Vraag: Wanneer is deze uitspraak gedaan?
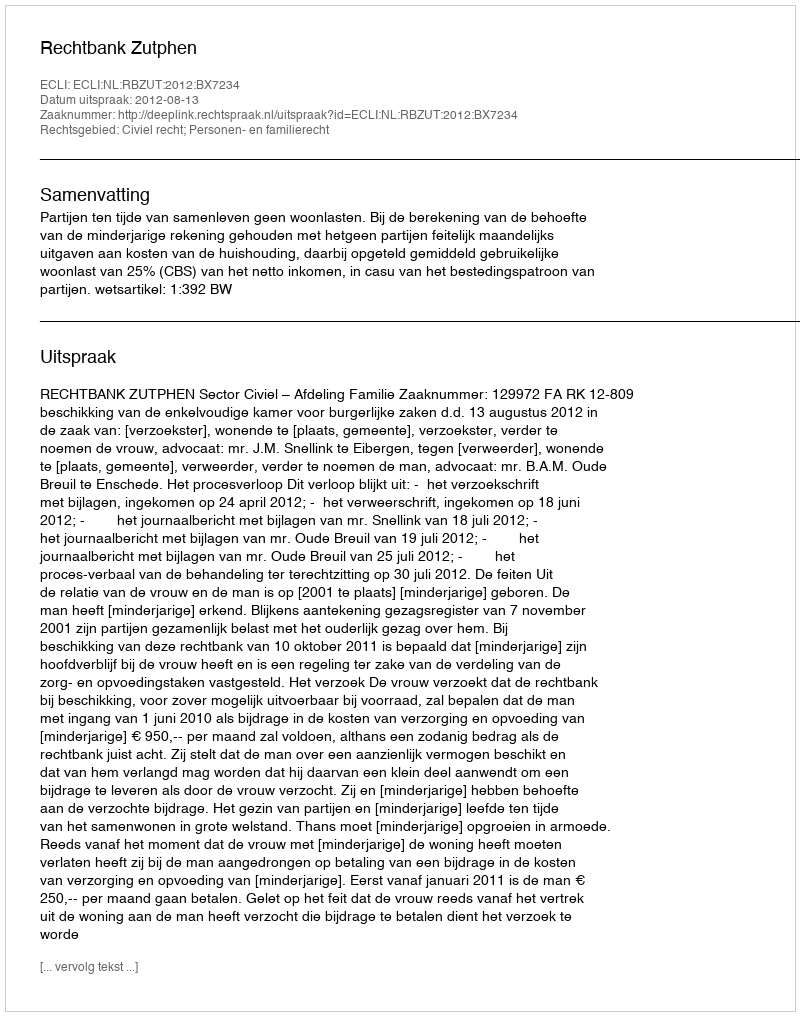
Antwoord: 2012-08-13